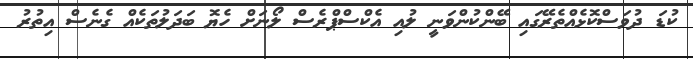
ކުޑަ ދުވަސްކޮޅެއްތެރޭގައި ބޭންކުންވަނީ ލުއި އެކްސްޕްރެސް ލޯނަށް ހެޔޮ ބަދަލުތަކެއް ގެނެސް އިތުރު